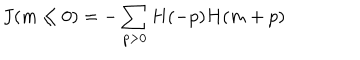
LaTeX: J ( m \le 0 ) = - \sum _ { p > 0 } H ( - p ) H ( m + p )